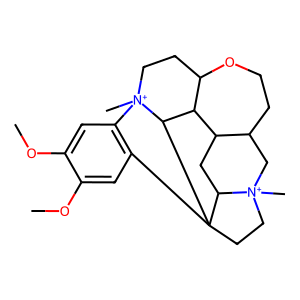
SMILES: COc1cc2c(cc1OC)[N+]1(C)CCC3OCCC4C[N+]5(C)CCC26C5CC4C3C61
Inhibits HIV replication: No